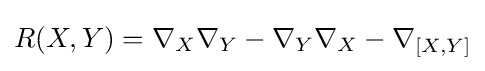
R(X,Y)=\nabla _{X}\nabla _{Y}-\nabla _{Y}\nabla _{X}-\nabla _{[X,Y]}